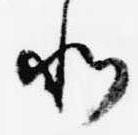
北